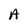
Character: A